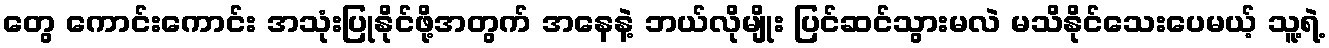
တွေ ကောင်းကောင်း အသုံးပြုနိုင်ဖို့အတွက် အနေနဲ့ ဘယ်လိုမျိုး ပြင်ဆင်သွားမလဲ မသိနိုင်သေးပေမယ့် သူ့ရဲ့